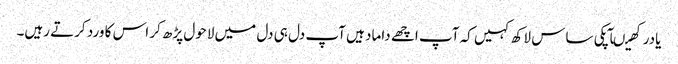
یادرکھیںآپکی ساس لاکھ کہیں کہ آپ اچھے داماد ہیں آپ دل ہی دل میں لاحول پڑھ کر اس کا ورد کرتے رہیں۔